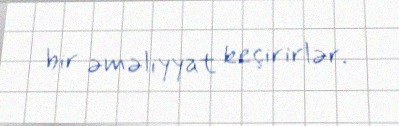
bir əməliyyat keçirirlər.